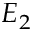
E _ { 2 }